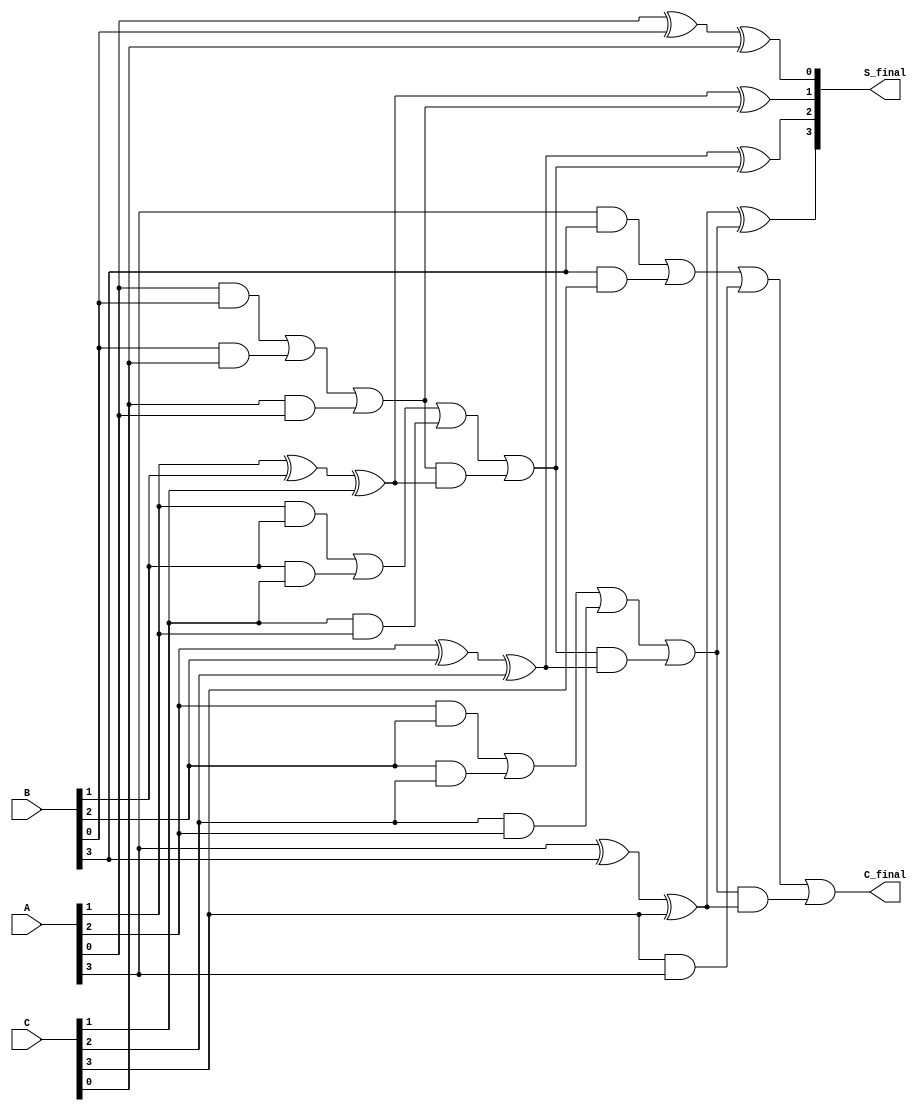
module RippleCarrySaveAdder #(parameter N = 4) (
    input  wire [N-1:0] A,   // First operand
    input  wire [N-1:0] B,   // Second operand
    input  wire [N-1:0] C,   // Third operand
    output wire [N-1:0] S_final, // Final Sum output
    output wire           C_final  // Final Carry output
);

    // Internal wires for carry and sum
    wire [N:0] carry; // Extra bit for final carry
    wire [N-1:0] S;   // Intermediate sum

    // Initialize the first carry bit
    assign carry[0] = 1'b0;

    // Generate the partial sums and carries for each bit
    genvar i;
    generate
        for (i = 0; i < N; i = i + 1) begin : full_adder
            // Full adder logic
            assign S[i] = A[i] ^ B[i] ^ C[i] ^ carry[i]; // Sum
            assign carry[i+1] = (A[i] & B[i]) | (B[i] & C[i]) | (C[i] & A[i]) | (carry[i] & (A[i] ^ B[i] ^ C[i])); // Carry
        end
    endgenerate

    // Final outputs
    assign S_final = S;      // Final sum is the partial sum
    assign C_final = carry[N]; // Final carry out

endmodule